Indian journal of veterinary science and animal husbandry - Volume 7,
Year: 1937
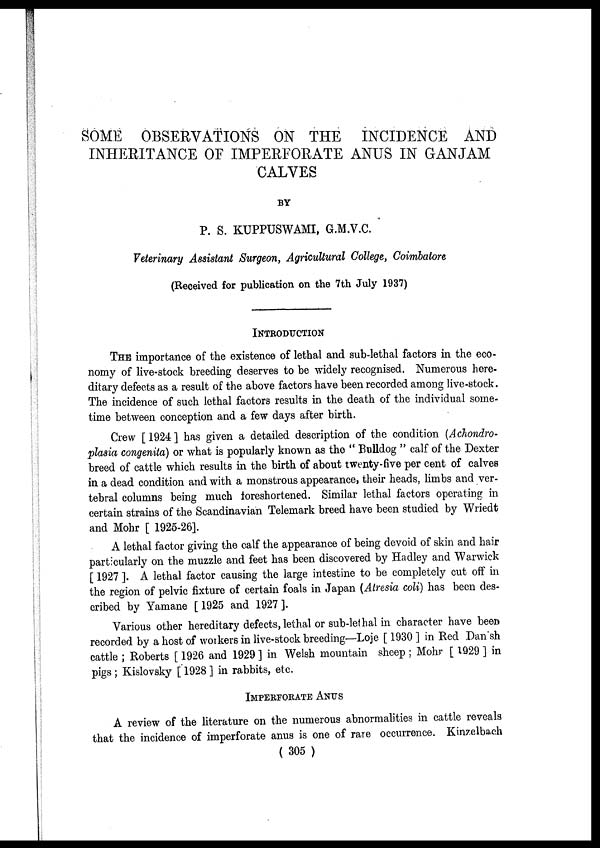
SOME OBSERVATIONS ON THE INCIDENCE AND
INHERITANCE OF IMPERFORATE ANUS IN GANJAM
CALVES
BY
P. S. KUPPUSWAMI, G.M.V.C.
Veterinary Assistant Surgeon, Agricultural College, Coimbatore
(Received for publication on the 7th July 1937)
INTRODUCTION
THE importance of the existence of lethal and sub-lethal factors in the eco-
nomy of live-stock breeding deserves to be widely recognised. Numerous here-
ditary defects as a result of the above factors have been recorded among live-stock.
The incidence of such lethal factors results in the death of the individual some-
time between conception and a few days after birth.
Crew [ 1924 ] has given a detailed description of the condition (Achondro-
plasia congenita) or what is popularly known as the " Bulldog " calf of the Dexter
breed of cattle which results in the birth of about twenty-five per cent of calves
in a dead condition and with a monstrous appearance, their heads, limbs and ver-
tebral columns being much foreshortened. Similar lethal factors operating in
certain strains of the Scandinavian Telemark breed have been studied by Wriedt
and Mohr [ 1925-26].
A lethal factor giving the calf the appearance of being devoid of skin and hair
particularly on the muzzle and feet has been discovered by Hadley and Warwick
[ 1927 ]. A lethal factor causing the large intestine to be completely cut off in
the region of pelvic fixture of certain foals in Japan (Atresia coli) has been des-
cribed by Yamane [ 1925 and 1927 ].
Various other hereditary defects, lethal or sub-lethal in character have been
recorded by a host of workers in live-stock breeding—Loje [ 1930 ] in Red Dan sh
cattle ; Roberts [ 1926 and 1929 ] in Welsh mountain sheep ; Mohr [ 1929 ] in
pigs ; Kislovsky [ 1928 ] in rabbits, etc.
IMPERFORATE ANUS
A review of the literature on the numerous abnormalities in cattle reveals
that the incidence of imperforate anus is one of rare occurrence. Kinzelbach
( 305 )